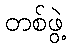
တစ်ဖွဲ့